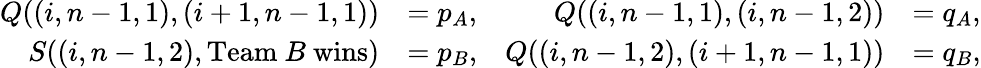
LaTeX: \begin{array}{rlrl}{Q((i,n-1,1),(i+1,n-1,1))}&{=p_{A},}&{Q((i,n-1,1),(i,n-1,2))}&{=q_{A},}\\ {S((i,n-1,2),\mathrm{Team~}B\mathrm{~wins})}&{=p_{B},}&{Q((i,n-1,2),(i+1,n-1,1))}&{=q_{B},}\end{array}